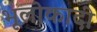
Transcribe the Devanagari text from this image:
भूलोकादी